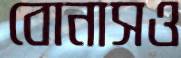
বোনাসও